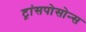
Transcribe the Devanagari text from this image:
ट्रांसपोसोन्स